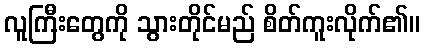
လူကြီးတွေကို သွားတိုင်မည် စိတ်ကူးလိုက်၏။